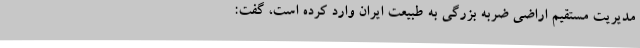
مدیریت مستقیم اراضی ضربه بزرگی به طبیعت ایران وارد کرده است، گفت: